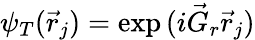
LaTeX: \psi_{T}(\vec{r}_{j})=\exp{(i\vec{G}_{r}\vec{r}_{j})}